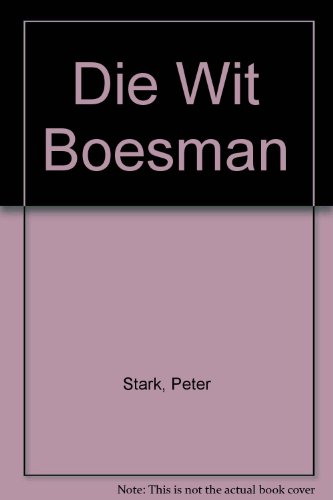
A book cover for Die Wit Boesman (Afrikaans Edition); Peter Stark; Travel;